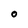
Character: O